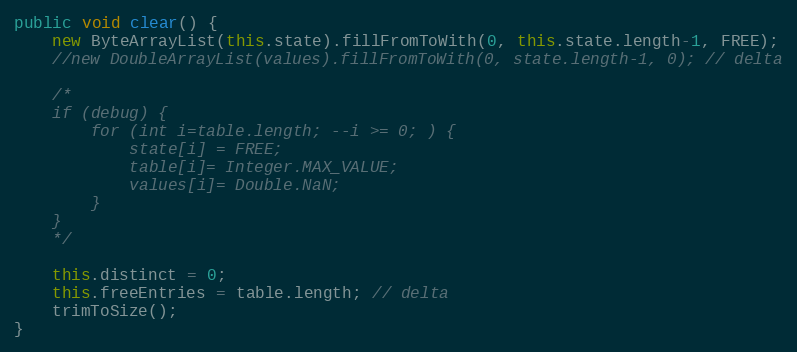
Language: Java
public void clear() {
	new ByteArrayList(this.state).fillFromToWith(0, this.state.length-1, FREE);
	//new DoubleArrayList(values).fillFromToWith(0, state.length-1, 0); // delta

	/*
	if (debug) {
		for (int i=table.length; --i >= 0; ) {
		    state[i] = FREE;
		    table[i]= Integer.MAX_VALUE;
		    values[i]= Double.NaN;
		}
	}
	*/

	this.distinct = 0;
	this.freeEntries = table.length; // delta
	trimToSize();
}